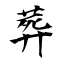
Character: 葬